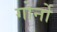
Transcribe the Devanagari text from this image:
गोर्नो